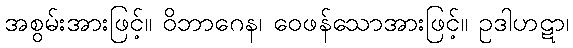
အစွမ်းအားဖြင့်။ ဝိဘာဂေန၊ ဝေဖန်သောအားဖြင့်။ ဥဒါဟဋာ၊